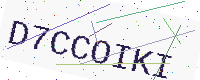
Text: D7CCOIKI